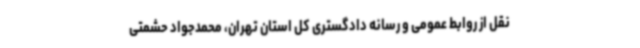
نقل از روابط عمومی و رسانه دادگستری کل استان تهران، محمدجواد حشمتی